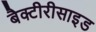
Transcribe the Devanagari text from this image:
बैक्टीरीसाइड